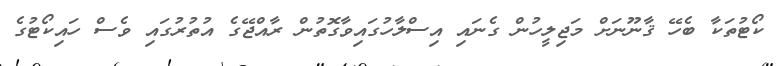
ކޯޓުތަކާ ބެހޭ ޤާނޫނަށް މަޖިލީހުން ގެނައި އިސްލާހުގައިވާގޮތުން ރާއްޖޭގެ އުތުރުގައި ވެސް ހައިކޯޓުގެ